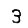
Digit: 3